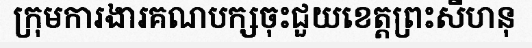
ក្រុមការងារគណបក្សចុះជួយខេត្តព្រះសីហនុ